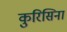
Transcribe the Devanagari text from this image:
कुरिसिना